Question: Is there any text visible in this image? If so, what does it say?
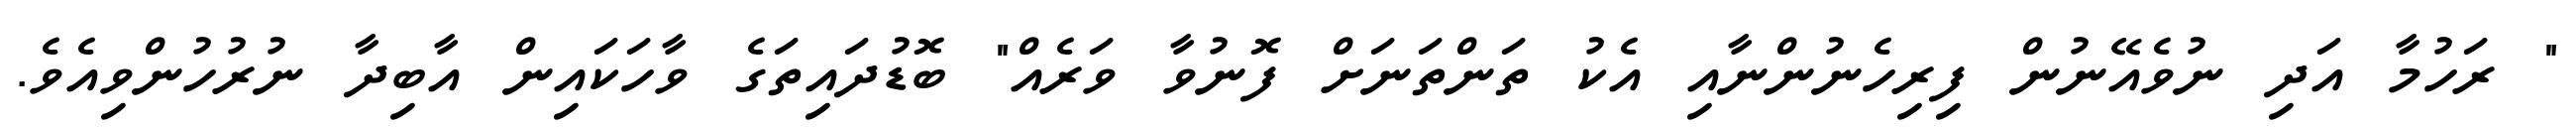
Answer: " ރަހުމާ އަދި ނުވެއޭނުން ފިރިހެނުންނާއި އެކު ތަންތަނަށް ފޮނުވާ ވަރެއް" ބޮޑުދައިތަގެ ވާހަކައިން އާބިދާ ނުރުހުންވިއެވެ.